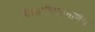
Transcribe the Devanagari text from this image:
विद्यापीठाप्रमाणेच